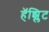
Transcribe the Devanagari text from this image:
हॅझ्लिट